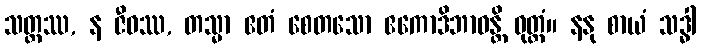
သတ္တဿ, န ဇီဝဿ, တသ္မာ ဧတံ စေတသော ဧကောဒိဘာဝန္တိ ဝုတ္တံ။ နနု စာယံ သဒ္ဓါ